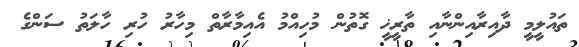
ތައުލީމީ ދާއިރާއިންނާއި ތާރީޚީ ގޮތުން މުހިއްމު އެއިމާރާތް މިހާރު ހުރި ހާލަތު ސަންގެ